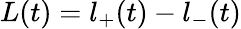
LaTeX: L(t)=l_{+}(t)-l_{-}(t)